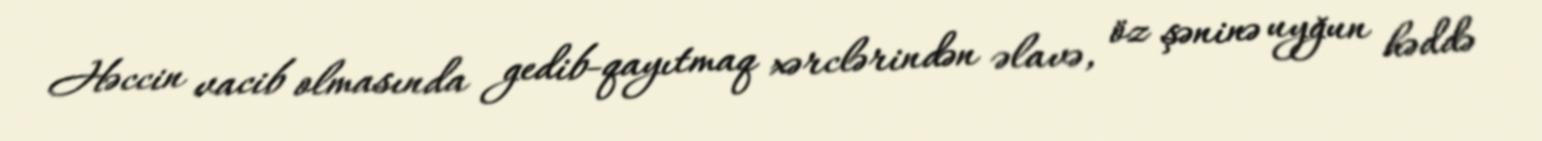
Həccin vacib olmasında gedib-qayıtmaq xərclərindən əlavə, öz şəninə uyğun həddə